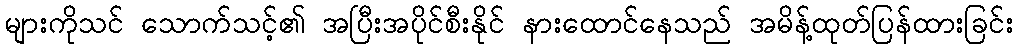
များကိုသင် သောက်သင့်၏ အပြီးအပိုင်စီးနိုင် နားထောင်နေသည် အမိန့်ထုတ်ပြန်ထားခြင်း